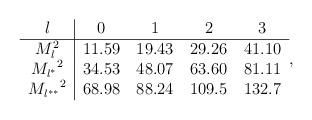
LaTeX: \begin{align*}\begin{tabular}{c|cccc}$l$ & 0 & 1 & 2 & 3 \\ \hline $M_l^2$ & 11.59 & 19.43 & 29.26 & 41.10 \\${M_{l^{*}}}^2$ & 34.53 & 48.07 & 63.60 & 81.11 \\${M_{l^{**}}}^2$ & 68.98 & 88.24 & 109.5 & 132.7 \end{tabular},\end{align*}